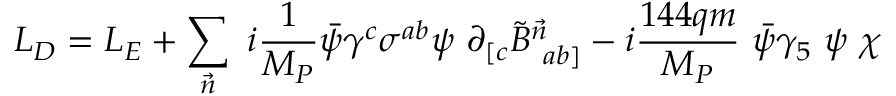
{ \cal { L } } _ { D } = { \cal { L } } _ { E } + \sum _ { \vec { n } } ~ i { \frac { 1 } { M _ { P } } } \bar { \psi } \gamma ^ { c } \sigma ^ { a b } \psi ~ \partial _ { [ c } { \tilde { B } ^ { \vec { n } } } _ { ~ a b ] } - i { \frac { 1 4 4 q m } { M _ { P } } } ~ \bar { \psi } \gamma _ { 5 } ~ \psi ~ \chi